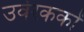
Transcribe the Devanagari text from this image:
उर्वरककों